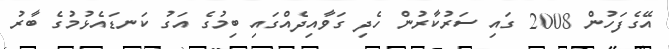
އޭގެފަހުން 2008 ގައި ސަރުކާރުން ހެދި ގަވާއިދެއްގައި ބިމުގެ އަގު ކަނޑައެޅުމުގެ ބާރު